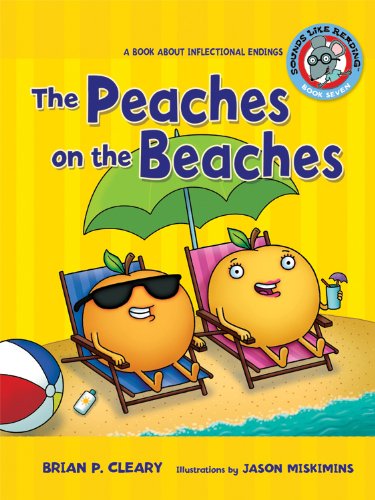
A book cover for The Peaches on the Beaches: A Book about Inflectional Endings (Sounds Like Reading); Brian P. Cleary; Reference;